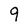
Character: 9